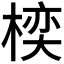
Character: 𪲱